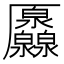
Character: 𠫐